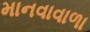
માનવાવાળા